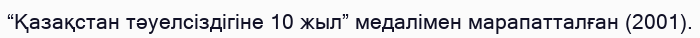
“Қазақстан тәуелсіздігіне 10 жыл” медалімен марапатталған (2001).